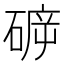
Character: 𱴡